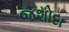
જશોદા